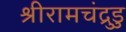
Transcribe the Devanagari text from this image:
श्रीरामचंद्रुडु